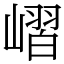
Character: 嶍